Indian journal of veterinary science and animal husbandry - Volumes 18-21, 1948-1951
Year: 1948
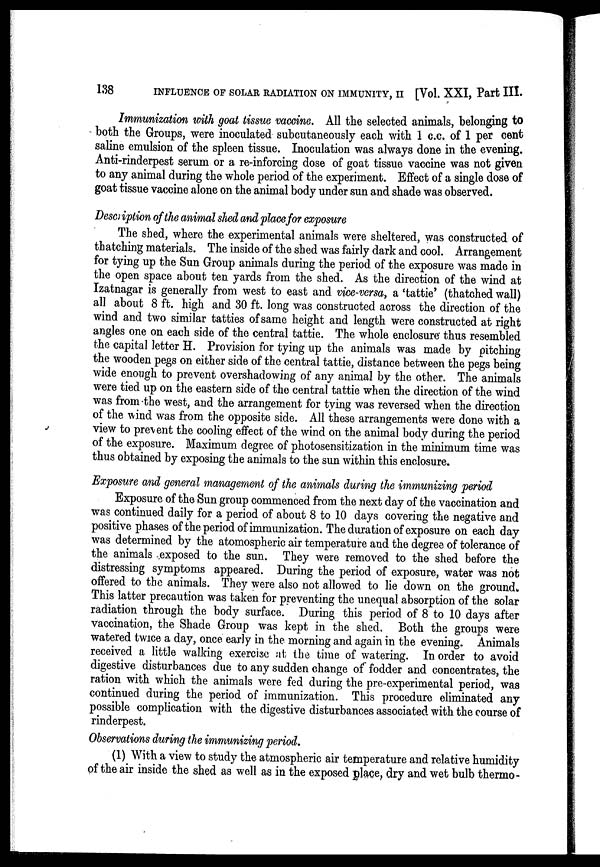
138
INFLUENCE OF SOLAR RADIATION ON IMMUNITY, II [Vol. XXI, Part III.
Immunization with goat tissue vaccine. All the selected animals, belonging to
both the Groups, were inoculated subcutaneously each with 1 c.c. of 1 per cent
saline emulsion of the spleen tissue. Inoculation was always done in the evening.
Anti-rinderpest serum or a re-inforcing dose of goat tissue vaccine was not given
to any animal during the whole period of the experiment. Effect of a single dose of
goat tissue vaccine alone on the animal body under sun and shade was observed.
Description of the animal shed and place for exposure
The shed, where the experimental animals were sheltered, was constructed of
thatching materials. The inside of the shed was fairly dark and cool. Arrangement
for tying up the Sun Group animals during the period of the exposure was made in
the open space about ten yards from the shed. As the direction of the wind at
Izatnagar is generally from west to east and vice-versa, a 'tattie' (thatched wall)
all about 8 ft. high and 30 ft. long was constructed across the direction of the
wind and two similar tatties of same height and length were constructed at right
angles one on each side of the central tattie. The whole enclosure thus resembled
the capital letter H. Provision for tying up the animals was made by pitching
the wooden pegs on either side of the central tattie, distance between the pegs being
wide enough to prevent overshadowing of any animal by the other. The animals
were tied up on the eastern side of the central tattie when the direction of the wind
was from the west, and the arrangement for tying was reversed when the direction
of the wind was from the opposite side. All these arrangements were done with a
view to prevent the cooling effect of the wind on the animal body during the period
of the exposure. Maximum degree of photosensitization in the minimum time was
thus obtained by exposing the animals to the sun within this enclosure.
Exposure and general management of the animals during the immunizing period
Exposure of the Sun group commenced from the next day of the vaccination and
was continued daily for a period of about 8 to 10 days covering the negative and
positive phases of the period of immunization. The duration of exposure on each day
was determined by the atomospheric air temperature and the degree of tolerance of
the animals exposed to the sun. They were removed to the shed before the
distressing symptoms appeared. During the period of exposure, water was not
offered to the animals. They were also not allowed to lie down on the ground-
This latter precaution was taken for preventing the unequal absorption of the solar
radiation through the body surface. During this period of 8 to 10 days after
vaccination, the Shade Group was kept in the shed. Both the groups were
watered twice a day, once early in the morning and again in the evening. Animals
received a little walking exercise at the time of watering. In order to avoid
digestive disturbances due to any sudden change of fodder and concentrates, the
ration with which the animals were fed during the pre-experimental period, was
continued during the period of immunization. This procedure eliminated any
possible complication with the digestive disturbances associated with the course of
rinderpest.
Observations during the immunizing period.
(1) With a view to study the atmospheric air temperature and relative humidity
of the air inside the shed as well as in the exposed place, dry and wet bulb thermo-